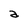
Character: a